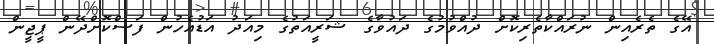
އޭގެ ތެރެއިން ނުރައްކާތެރިކޮށް ދުއްވުމުގެ ދައުވާގެ ޝަރީއަތުގެ މިއަދު އަޑުއެހުން ފަސްކޮށްދޭން ޕީޖީން